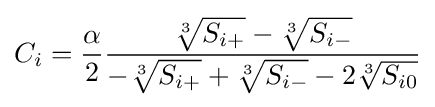
C_{i}={\frac {\alpha }{2}}{\frac {{\sqrt[{3}]{S_{i+}}}-{\sqrt[{3}]{S_{i-}}}}{-{\sqrt[{3}]{S_{i+}}}+{\sqrt[{3}]{S_{i-}}}-2{\sqrt[{3}]{S_{i0}}}}}